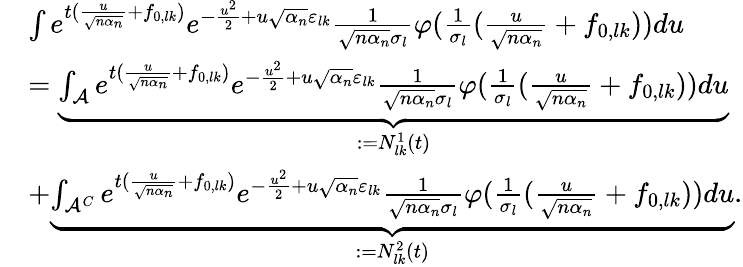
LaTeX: \begin{array}{rl}&{\int e^{t(\frac{u}{\sqrt{n\alpha_{n}}}+f_{0,lk})}e^{-\frac{u^{2}}{2}+u\sqrt{\alpha_{n}}\varepsilon_{lk}}\frac{1}{\sqrt{n\alpha_{n}}\sigma_{l}}\varphi(\frac{1}{\sigma_{l}}(\frac{u}{\sqrt{n\alpha_{n}}}+f_{0,lk}))du}\\ &{=\underbrace{\int_{\mathcal{A}}e^{t(\frac{u}{\sqrt{n\alpha_{n}}}+f_{0,lk})}e^{-\frac{u^{2}}{2}+u\sqrt{\alpha_{n}}\varepsilon_{lk}}\frac{1}{\sqrt{n\alpha_{n}}\sigma_{l}}\varphi(\frac{1}{\sigma_{l}}(\frac{u}{\sqrt{n\alpha_{n}}}+f_{0,lk}))du}_{:=N_{lk}^{1}(t)}}\\ &{+\underbrace{\int_{\mathcal{A}^{C}}e^{t(\frac{u}{\sqrt{n\alpha_{n}}}+f_{0,lk})}e^{-\frac{u^{2}}{2}+u\sqrt{\alpha_{n}}\varepsilon_{lk}}\frac{1}{\sqrt{n\alpha_{n}}\sigma_{l}}\varphi(\frac{1}{\sigma_{l}}(\frac{u}{\sqrt{n\alpha_{n}}}+f_{0,lk}))du}_{:=N_{lk}^{2}(t)}.}\end{array}